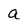
Character: a